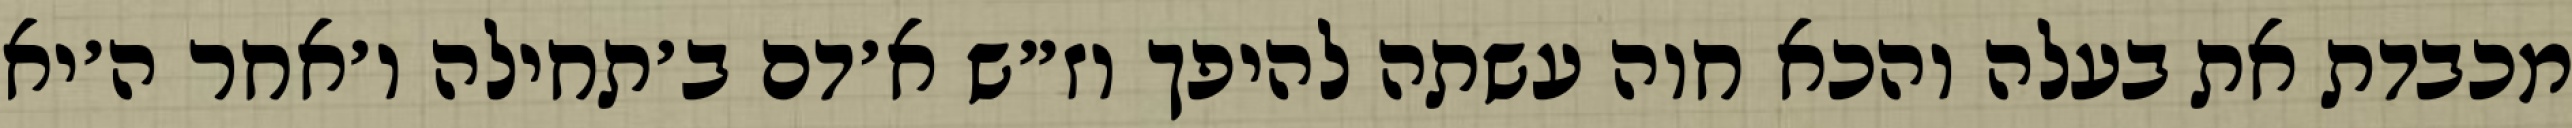
מכבדת את בעלה והכא חוה עשתה להיפך וז״ש א׳דם ב׳תחילה ו׳אחר ה׳יא